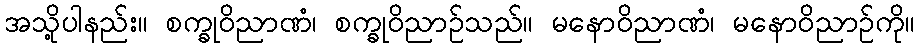
အသို့ပါနည်း။ စက္ခုဝိညာဏံ၊ စက္ခုဝိညာဉ်သည်။ မနောဝိညာဏံ၊ မနောဝိညာဉ်ကို။